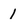
Character: 1